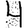
Digit: 4